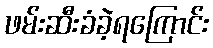
ဖမ်းဆီးခံခဲ့ရကြောင်း